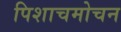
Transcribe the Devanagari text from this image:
पिशाचमोचन